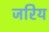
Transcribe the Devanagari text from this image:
जरिय